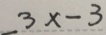
\_ 3 x - 3